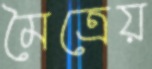
মৈত্রেয়